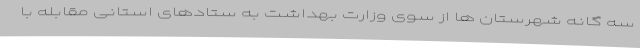
سه گانه شهرستان ها از سوی وزارت بهداشت به ستادهای استانی مقابله با